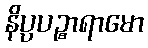
နိပ္ပပဉ္စာရာမော